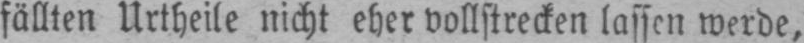
fällten Urtheile nicht eher vollstrecken lassen werde,